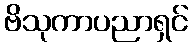
ဗိသုကာပညာရှင်